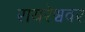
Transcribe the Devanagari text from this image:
रायरेश्ववर